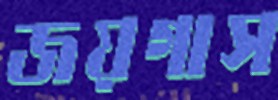
জয়গাস